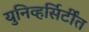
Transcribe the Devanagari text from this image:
युनिव्हर्सिर्टींत